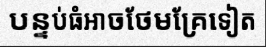
បន្ទប់ធំអាចថែមគ្រែទៀត